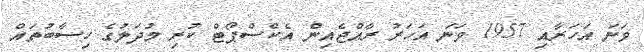
ވަނަ އަހަރާއި 1957 ވަނަ އަހަރު ރާއްޖެއިން އެކްސްޕޯޓް ކުރި މުދަލުގެ ހިސާބުތައް